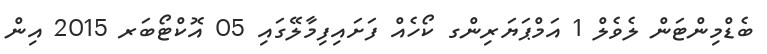
ބެޑްމިންޓަން ލެވެލް 1 އަމްޕަޔަރިންގ ކޯހެއް ފަށައިފިމާލޭގައި 05 އޮކްޓޯބަރ 2015 އިން